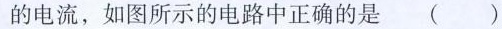
的电流，如图所示的电路中正确的是 ( )